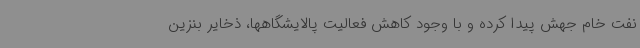
نفت خام جهش پیدا کرده و با وجود کاهش فعالیت پالایشگاهها، ذخایر بنزین